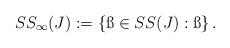
LaTeX: \begin{align*}\SS_\infty(J):=\left\{\ss\in \SS(J): \ss \right\}.\end{align*}